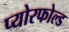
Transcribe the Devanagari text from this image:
प्योरफोल्ड